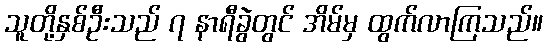
သူတို့နှစ်ဦးသည် ၇ နာရီခွဲတွင် အိမ်မှ ထွက်လာကြသည်။